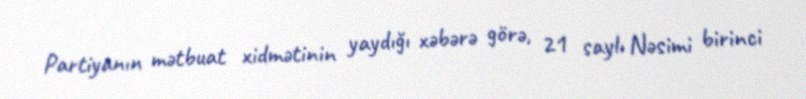
Partiyanın mətbuat xidmətinin yaydığı xəbərə görə, 21 saylı Nəsimi birinci